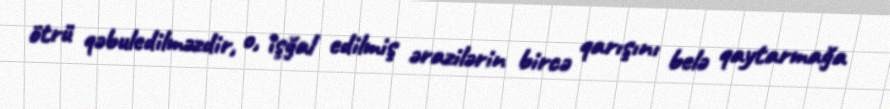
ötrü qəbuledilməzdir, o, işğal edilmiş ərazilərin bircə qarışını belə qaytarmağa